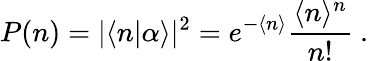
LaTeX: P(n)=|\langle n|\alpha\rangle|^{2}=e^{-\langle n\rangle}{\frac{\langle n\rangle^{n}}{n!}}~.